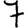
Digit: 7